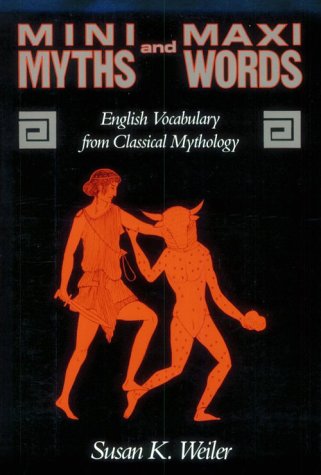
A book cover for MINI-MYTHS AND MAXI-WORDS; Susan K. Weiler; Teen & Young Adult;